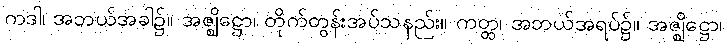
ကဒါ၊ အဘယ်အခါ၌။ အဇ္ဈိဋ္ဌော၊ တိုက်တွန်းအပ်သနည်း။ ကတ္ထ၊ အဘယ်အရပ်၌။ အဇ္ဈိဋ္ဌော၊